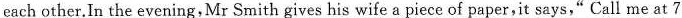
each other.In the evening,Mr Smith gives his wife a piece of paper,it says,"“Call me at 7